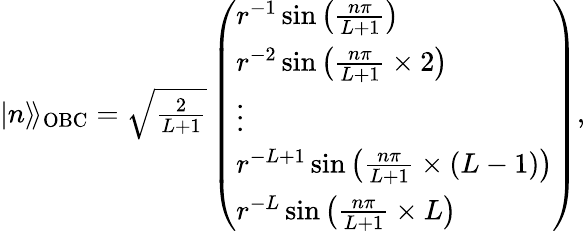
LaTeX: \begin{array}{r}{|n\rangle\! \rangle_{\mathrm{OBC}}=\sqrt{\frac{2}{L+1}}\left(\begin{array}{l}{r^{-1}\sin{\left(\frac{n\pi}{L+1}\right)}}\\ {r^{-2}\sin{\left(\frac{n\pi}{L+1}\times 2\right)}}\\ {\vdots}\\ {r^{-L+1}\sin{\left(\frac{n\pi}{L+1}\times(L-1)\right)}}\\ {r^{-L}\sin{\left(\frac{n\pi}{L+1}\times L\right)}}\end{array}\right),}\end{array}